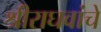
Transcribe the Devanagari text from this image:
श्रीराघवांचे